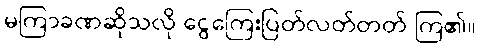
မကြာခဏဆိုသလို ငွေကြေးပြတ်လတ်တတ် ကြ၏။